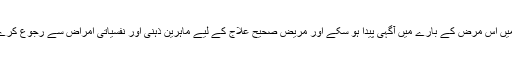
مرگی کا عالمی دن اس لئے مناتا جاتا ہے تاکہ لوگوں میں اس مرض کے بارے میں آگہی پیدا ہو سکے اور مریض صحیح علاج کے لیے ماہرین ذہنی اور نفسیاتی امراض سے رجوع کرے تاکہ اس مرض کا صحیح اور بروقت علاج ہو سکے۔